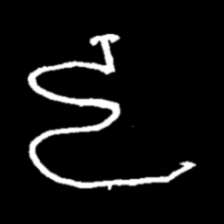
Pyu character \u2014 Myanmar letter: ဠ (romanized: lla)